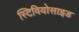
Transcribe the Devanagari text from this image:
स्टिवियोसाइड